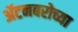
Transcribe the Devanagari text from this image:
ॲटनबरोच्या